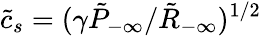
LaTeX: \tilde{c}_{s}=(\gamma\tilde{P}_{-\infty}/\tilde{R}_{-\infty})^{1/2}